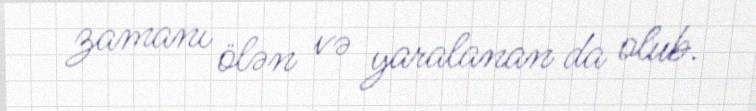
zamanı ölən və yaralanan da olub.